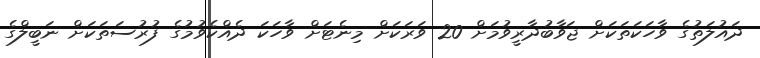
ދައުލަތުގެ ވާހަކަތަކަށް ޖަވާބުދާރީވުމަށް 20 ވަރަކަށް މިނެޓަށް ވާހަކަ ދެއްކެވުމުގެ ފުރުސަތަކަށް ނަބީލްގެ